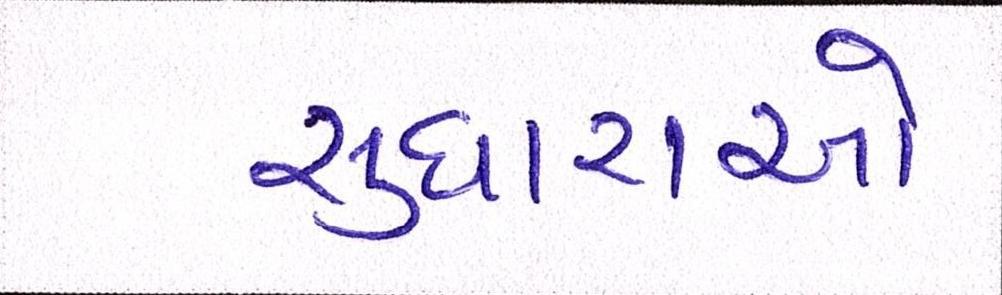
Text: સુધારાઓ